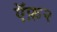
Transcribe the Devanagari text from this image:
ऍफ़२